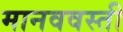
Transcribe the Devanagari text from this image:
मानववस्ती